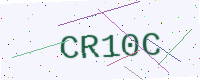
Text: CR10C